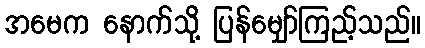
အမေက နောက်သို့ ပြန်မျှော်ကြည့်သည်။